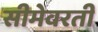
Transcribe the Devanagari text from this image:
सीमेवरती